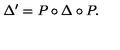
\Delta ^ { \prime } = P \circ \Delta \circ P .